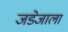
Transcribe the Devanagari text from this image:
जडेजाला